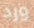
ورد